Report on vaccination proceedings throughout the Government of Bengal -
Year: 1868
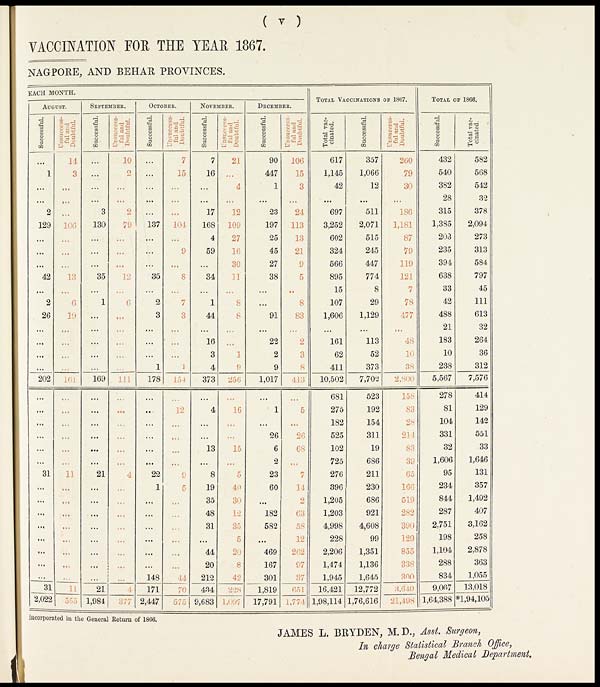
( v )
VACCINATION FOR THE YEAR 1867.
NAGPORE, AND BEHAR PROVINCES.
EACH MONTH.
AUGUST.
Successful.
...
1
...
...
2
129
...
...
...
42
...
2
26
...
...
...
...
202
...
...
...
...
...
...
31
...
...
...
...
...
...
...
...
31
2,022
Unsuccess-
ful and
Doubtful.
14
3
...
...
...
106
...
...
...
13
...
6
39
...
...
...
...
161
...
...
...
...
...
...
11
...
...
...
...
...
...
...
...
11
555
SEPTEMBER.
Successful.
...
...
...
...
3
130
...
...
...
35
...
1
...
...
...
...
...
169
...
...
...
...
...
...
21
...
...
...
...
...
...
...
...
21
1,984
Unsuccess-
ful and
Doubtful.
10
2
...
...
2
79
...
...
...
12
...
6
...
...
...
...
...
111
...
...
...
...
...
...
4
...
...
...
...
...
...
...
...
4
377
OCTOBER.
Successful.
...
...
...
...
...
137
...
...
...
35
...
2
3
...
...
...
1
178
...
...
...
...
...
...
22
1
...
...
...
...
...
...
148
171
2,447
Unsuccess-
ful and
Doubtful.
7
15
...
...
...
104
...
9
...
8
...
7
3
...
...
...
1
154
...
12
...
....
...
...
0
5
...
...
...
...
...
...
44
70
575
NOVEMBER.
Successful.
7
16
...
...
17
168
4
59
...
34
...
1
44
...
16
3
4
373
...
4
...
...
13
...
8
19
35
48
31
...
44
20
212
434
9,683
Unsuccess-
ful and
Doubtful.
21
...
4
...
12
109
27
16
30
11
...
8
8
...
...
1
9
256
...
16
...
...
15
...
5
40
30
12
35
5
20
8
42
228
1,097
DECEMBER.
Successful.
90
447
1
...
23
197
25
45
27
38
...
...
91
...
22
2
9
1,017
...
1
...
26
6
2
23
60
...
182
582
...
469
167
301
1,819
17,791
Unsuccess-
ful and
Doubtful
106
15
3
...
24
113
13
21
9
5
..
8
83
...
2
3
8
413
...
5
...
26
68
...
7
14
2
63
58
12
262
97
37
651
1,774
TOTAL VACCINATIONS OF 1867.
Total vac-
cinated.
617
1,145
42
...
697
3,252
602
324
566
895
15
107
1,606
...
161
62
411
10,502
681
275
182
525
102
725
276
396
1,205
1,203
4,998
228
2,206
1,474
1,945
16,421
1,98,114
Successful.
357
1,066
12
...
511
2,071
515
245
447
774
8
29
1,129
...
113
52
373
7,702
523
192
154
311
19
686
211
230
686
921
4,608
99
1,351
1,136
1,645
12,772
1,76,616
Unsuccess-
ful and
Doubtful.
260
79
30
...
186
1,181
87
79
119
121
7
78
477
...
48
10
38
2,800
158
83
28
214
83
39
65
166
519
282
390
129
855
338
300
3,649
21,498
TOTAL OF 1866.
Successful.
432
540
382
28
315
1,385
203
235
394
638
33
42
488
21
183
10
238
5,567
278
81
104
331
32
1,606
95
234
844
287
2,751
198
1,104
288
834
9,067
1,64,388
Total vac-
cinated.
582
568
542
32
378
2,094
273
313
584
797
45
111
613
32
264
36
312
7,576
414
129
142
551
33
1,646
131
357
1,492
407
3,162
258
2,878
363
1,055
13,018
*1,94,105
incorporated in the General Return of 1866.
JAMES L. BRYDEN, M.D., Asst. Surgeon,
In charge Statistical Branch Office,
Bengal Medical Department.